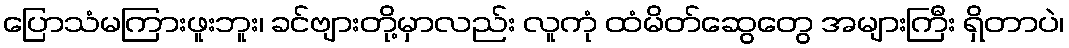
ပြောသံမကြားဖူးဘူး၊ ခင်ဗျားတို့မှာလည်း လူကုံ ထံမိတ်ဆွေတွေ အများကြီး ရှိတာပဲ၊